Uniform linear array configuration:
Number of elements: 24
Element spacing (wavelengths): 0.25
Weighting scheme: exponential
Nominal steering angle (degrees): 30
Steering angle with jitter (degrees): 29.181
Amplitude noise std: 0.05
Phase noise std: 0.05

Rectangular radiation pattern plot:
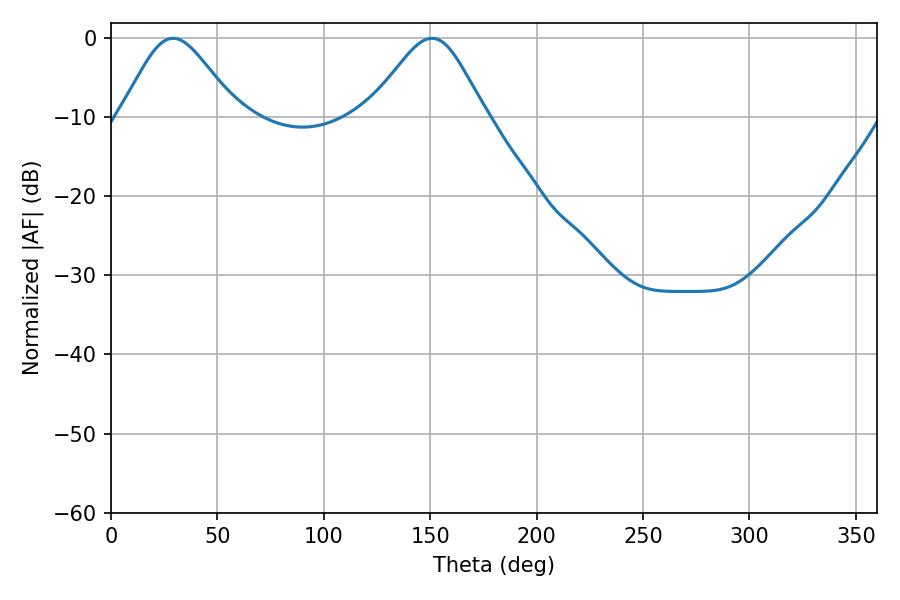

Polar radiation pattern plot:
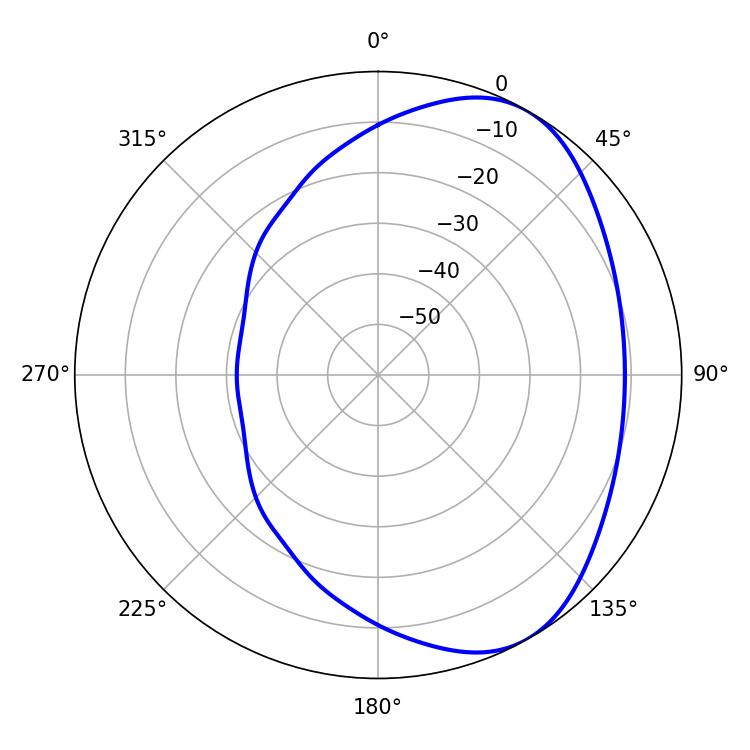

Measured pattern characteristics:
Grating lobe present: FALSE
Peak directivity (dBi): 5.083
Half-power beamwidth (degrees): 27
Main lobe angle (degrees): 29.16